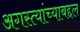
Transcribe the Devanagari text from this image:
अगस्त्यांच्याबद्दल